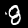
Label: 8